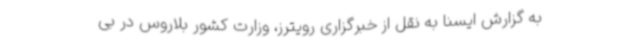
به گزارش ایسنا به نقل از خبرگزاری رویترز، وزارت کشور بلاروس در بی